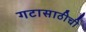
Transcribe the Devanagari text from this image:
गटासाठीची